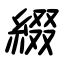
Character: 綴